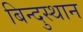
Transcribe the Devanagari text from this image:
बिन्दुस्थान